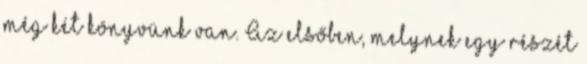
még két könyvünk van. Az elsőben, melynek egy részét